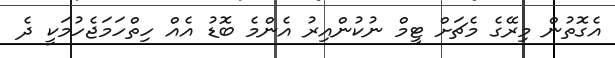
އެގޮތުން މިރޭގެ މެޗަށް ޓީމް ނުކުންއިރު އެންމެ ބޮޑު އެއް ހިތްހަމަޖެހުމަކީ ދެ